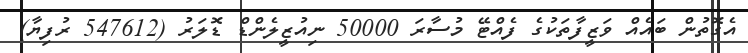
އެގޮތުން ބައެއް ވަޒީފާތަކުގެ ފެއްޓޭ މުސާރަ 50000 ނިއުޒީލެންޑް ޑޮލަރު (547612 ރުފިޔާ)